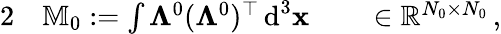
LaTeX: \begin{array}{rlrl}{{2}}&{{}\mathbb{M}_{0}:=\int{\mathbf\Lambda^{0}}({\mathbf\Lambda^{0}})^{\top}\, \textnormal{d}^{3}{\mathbf x}}&{}&{{}\in\mathbb R^{N_{0}\times N_{0}}\, ,}\end{array}